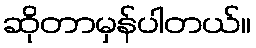
ဆိုတာမှန်ပါတယ်။